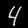
Digit: 4